Sketch of the medical history of the native army of Bombay, for the year
Year: 1875
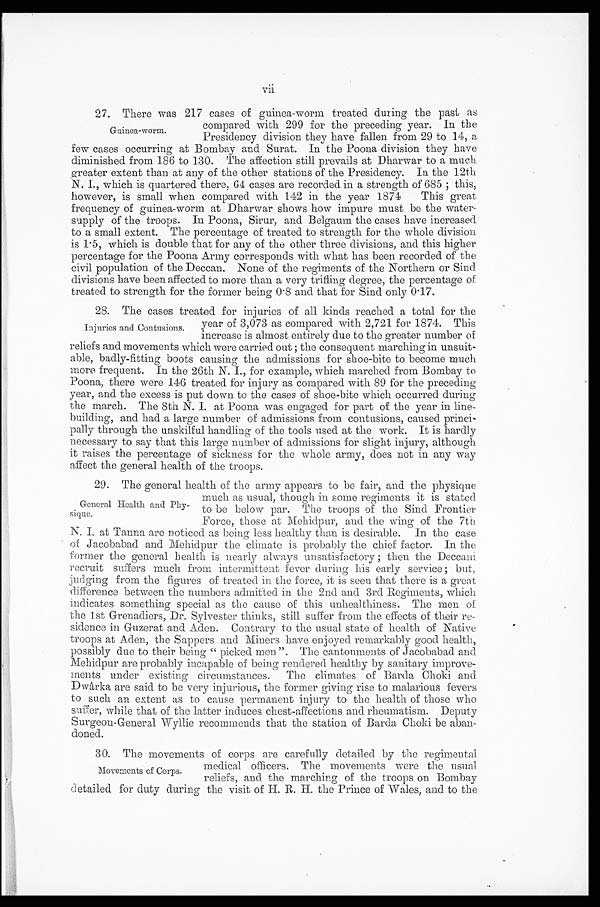
vii
27. There was 217 cases of guinea-worm treated during the past as
compared with 299 for the preceding year. In the
Presidency division they have fallen from 29 to 14, a
few cases occurring at Bombay and Surat. In the Poona division they have
diminished from 186 to 130. The affection still prevails at Dharwar to a much
greater extent than at any of the other stations of the Presidency. In the 12th
N. I., which is quartered there, 64 cases are recorded in a strength of 685; this,
however, is small when compared with 142 in the year 1871 This great
frequency of guinea-worm at Dharwar shows how impure must be the water-
supply of the troops. In Poona, Sirur, and Belgaum the cases have increased
to a small extent. The percentage of treated to strength for the whole division
is 1.5, which is double that for any of the other three divisions, and this higher
percentage for the Poona Army corresponds with what has been recorded of the
civil population of the Deccan. None of the regiments of the Northern or Sind
divisions have been affected to more than a very trifling degree, the percentage of
treated to strength for the former being 0.8 and that for Sind only 0.17.
27. The cases treated for injuries of all kinds reached a total for the
year of 3,073 as compared with 2,721 for 1874. This
increase is almost entirely due to the greater number of
reliefs and movements which were carried out ; the consequent marching in unsuit-
-able, badly-fitting boots causing the admissions for shoe-bite to become much
more frequent. In the 26th N. I., for example, which marched from Bombay to
Poona, there were 146 treated for injury as compared with 89 for the preceding
year, and the excess is put down to the cases of shoe-bite which occurred during
the march. The 8th N. I. at Poona was engaged for part of the year in line
-building, and had a large number of admissions from contusions, caused princi
-pally through the unskilful handling of the tools used at the work. It is hardly
necessary to say that this large number of admissions for slight injury, although
it raises the percentage of sickness for the whole army, does not in any way
affect the general health of the troops.
27. The general health of the army appears to be fair, and the physique
much as usual, though in some regiments it is stated.
to be below par. The troops of the Sind Frontier
Force, those at Mehidpur, and the wing of the 7th
N. I. at Tanna are noticed as being less healthy than is desirable. In the case
of Jacobabad and Mehidpur the climate is probably the chief factor. In the
former the general health is nearly always unsatisfactory ; then the Deccani
recruit suffers much from intermittent fever during his early service ; but,
judging from the figures of treated in the force, it is seen that there is a great
difference between the numbers admitted in the 2nd and 3rd Regiments, which
indicates something special as the cause of this unhealthiness. The men of
the 1st Grenadiers, Dr. Sylvester thinks, still suffer from the effects of their re-
- s i d e n c e i n G u z e r a t a n d A d e n . C o n t r a r y t o t h e u s u a l s t a t e o f h e a l t h o f N a t i v e
troops at Aden, the Sappers and Miners have enjoyed remarkably good health,
possibly due to their being " picked men". The cantonments of Jacobabad and
Mehidpur are probably incapable of being rendered healthy by sanitary improve-
ments under existing circumstances. The climates of Barda Choki and
Dwârka are said to be very injurious, the former giving rise to malarious fevers
to such an extent as to cause permanent injury to the health of those who
suffer, while that of the latter induces chest-affections and rheumatism. Deputy
Surgeon-General Wyllie recommends that the station of Barda Choki be aban
doned.
Guinea-worm.
Injuries and Contusions.
General Health and Phy
-sique.
30. The movements of corps are carefully detailed by the regimental
medical officers. The movements were the usual
reliefs, and the marching of the troops on Bombay
detailed for duty during the visit of H. R. H. the Prince of Wales, and to the
Movements of Corps.